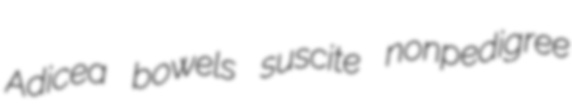
Adicea bowels suscite nonpedigree